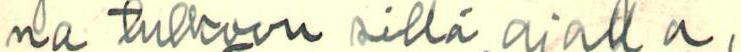
na tulkoon sillä ajalla